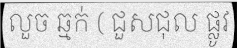
លួច ឆ្មក់ ( ជួសជុល ផ្លូវ